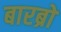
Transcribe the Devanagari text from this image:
बारब्रो